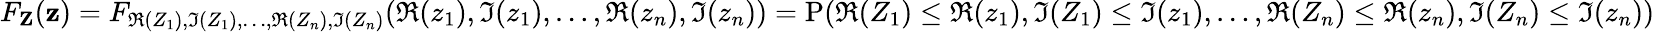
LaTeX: F_{\mathbf{Z}}(\mathbf{z})=F_{\Re{(Z_{1})},\Im{(Z_{1})},\ldots,\Re{(Z_{n})},\Im{(Z_{n})}}(\Re{(z_{1})},\Im{(z_{1})},\ldots,\Re{(z_{n})},\Im{(z_{n})})=\operatorname{P}(\Re{(Z_{1})}\leq\Re{(z_{1})},\Im{(Z_{1})}\leq\Im{(z_{1})},\ldots,\Re{(Z_{n})}\leq\Re{(z_{n})},\Im{(Z_{n})}\leq\Im{(z_{n})})